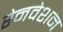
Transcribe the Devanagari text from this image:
रेनवेशन